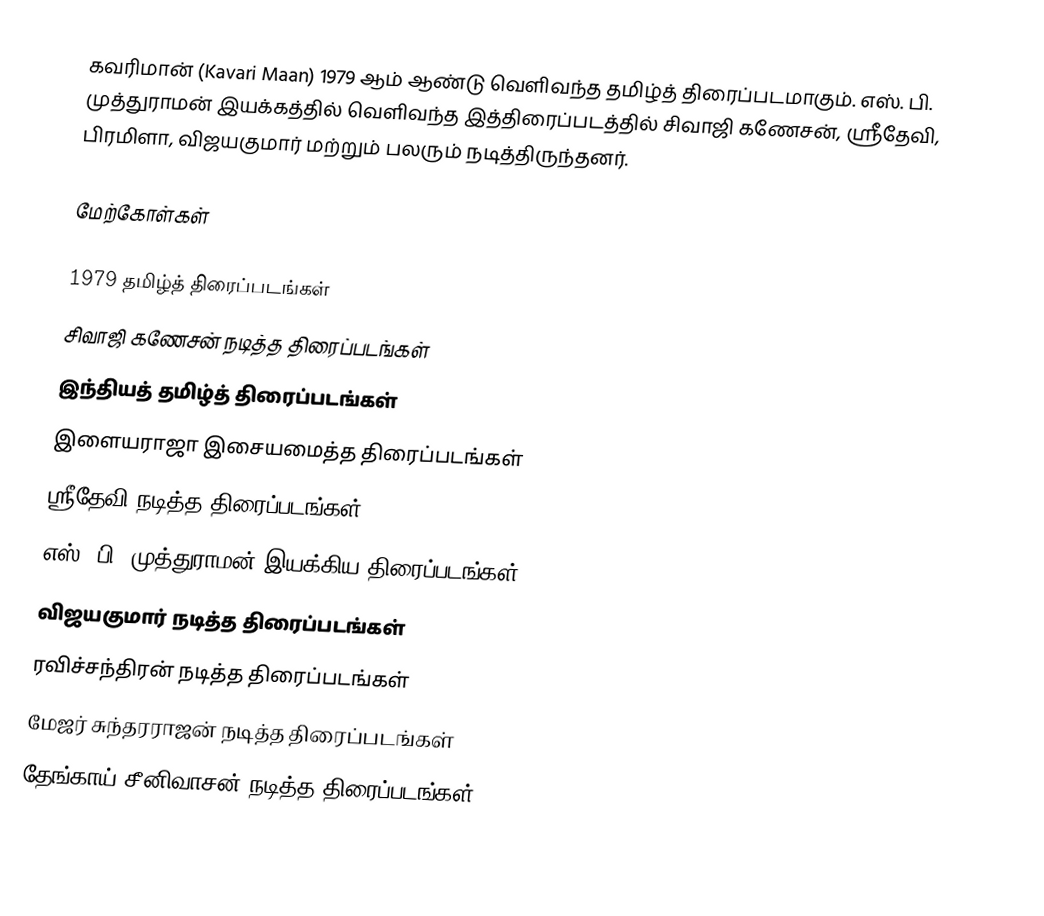
கவரிமான் (Kavari Maan) 1979 ஆம் ஆண்டு வெளிவந்த தமிழ்த் திரைப்படமாகும். எஸ். பி. முத்துராமன் இயக்கத்தில் வெளிவந்த இத்திரைப்படத்தில் சிவாஜி கணேசன், ஸ்ரீதேவி, பிரமிளா, விஜயகுமார்  மற்றும் பலரும் நடித்திருந்தனர்.

மேற்கோள்கள்

1979 தமிழ்த் திரைப்படங்கள்
சிவாஜி கணேசன் நடித்த திரைப்படங்கள்
இந்தியத் தமிழ்த் திரைப்படங்கள்
இளையராஜா இசையமைத்த திரைப்படங்கள்
ஸ்ரீதேவி நடித்த திரைப்படங்கள்
எஸ். பி. முத்துராமன் இயக்கிய திரைப்படங்கள்
விஜயகுமார் நடித்த திரைப்படங்கள்
ரவிச்சந்திரன் நடித்த திரைப்படங்கள்
மேஜர் சுந்தரராஜன் நடித்த திரைப்படங்கள்
தேங்காய் சீனிவாசன் நடித்த திரைப்படங்கள்